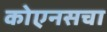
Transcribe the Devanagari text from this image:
कोएनसचा